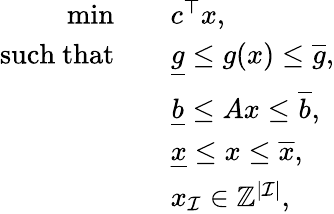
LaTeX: \begin{array}{rl}{\operatorname*{min}\quad}&{c^{\top}x,}\\ {\mathrm{such\ that}\quad}&{\underline{{g}}\leq g(x)\leq\overline{{g}},}\\ &{\underline{{b}}\leq Ax\leq\overline{{b}},}\\ &{\underline{{x}}\leq x\leq\overline{{x}},}\\ &{x_{\mathcal{I}}\in\mathbb{Z}^{\vert\mathcal{I}\vert},}\end{array}